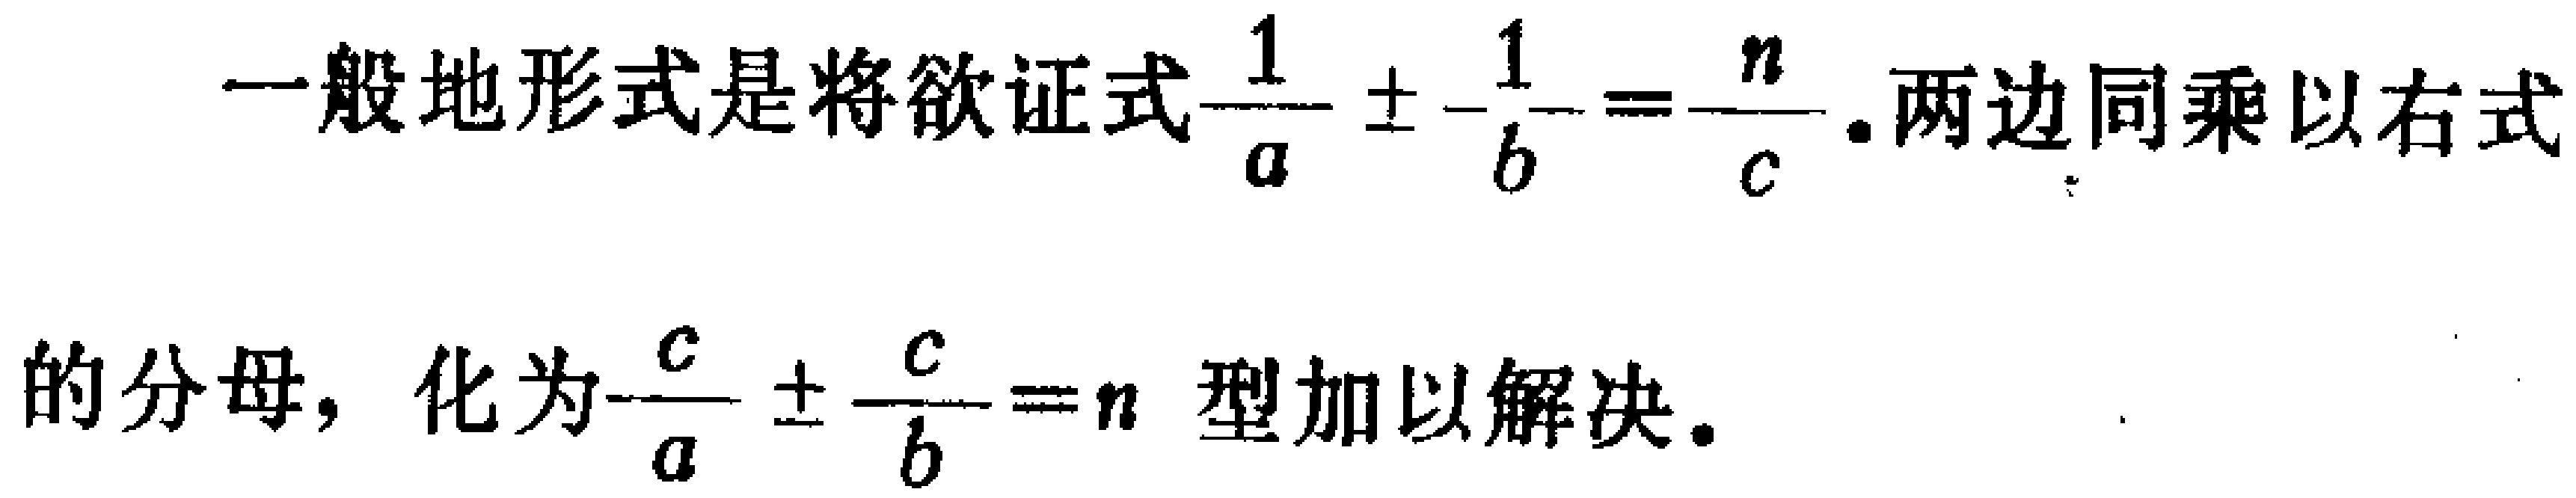
一般地形式是将欲证式$\frac{1}{a} \pm \frac{1}{b}=\frac{n}{c}$.两边同乘以右式

的分母，化为$\frac{c}{a} \pm \frac{c}{b}=n$型加以解决.